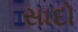
સાદો